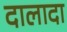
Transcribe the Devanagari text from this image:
दालादा